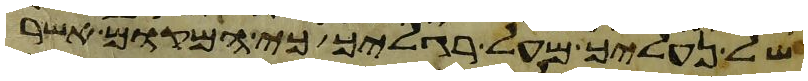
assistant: של נעליך מעל רגליך כי המקום אשר